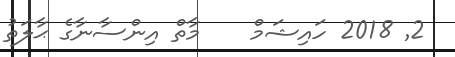
2